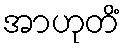
အာဟုတိံ